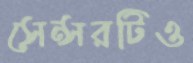
সেন্সরটিও